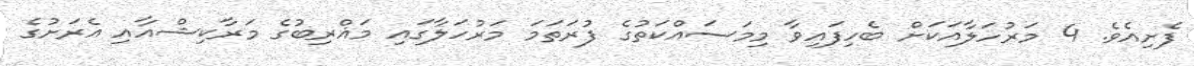
ފެށިއެވެ. 4 މަރުހަލާއަކަށް ބެހިފައިވާ މިމަސައްކަތުގެ ފުރަތަމަ މަރުހަލާގައި މަޣްރިބުގެ މަރާކިޝްއާއި އެރަށުގެ